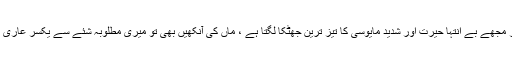
مگر مجھے بے انتہا حیرت اور شدید مایوسی کا تیز ترین جھٹکا لگتا ہے ، ماں کی آنکھیں بھی تو میری مطلوبہ شئے سے یکسر عاری ہیں۔